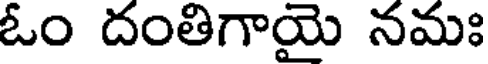
ఓం దంతిగాయై నమః